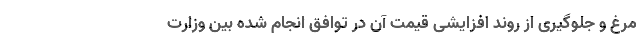
مرغ و جلوگیری از روند افزایشی قیمت آن در توافق انجام شده بین وزارت